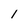
Character: 1